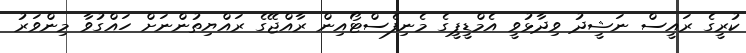
ކުރީގެ ރައީސް ނަޝީދު ވިދާޅުވީ އެމްޑީޕީގެ މެނިފެސްޓޯއިން ރާއްޖޭގެ ރައްޔިތުންނަށް ހައްގުވާ މިންވަރު